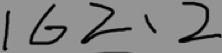
1 6 2 、 2